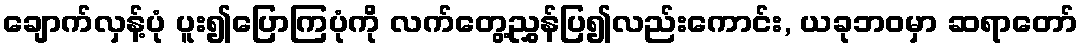
ချောက်လှန့်ပုံ ပူး၍ပြောကြပုံကို လက်တွေ့ညွှန်ပြ၍လည်းကောင်း, ယခုဘဝမှာ ဆရာတော်